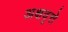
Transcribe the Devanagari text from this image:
अक्षवृत्ते